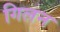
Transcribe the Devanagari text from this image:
गिलन